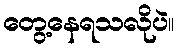
တွေ့နေရသလိုပဲ။